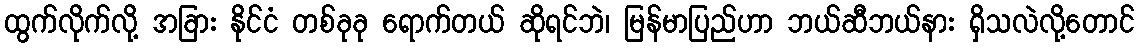
ထွက်လိုက်လို့ အခြား နိုင်ငံ တစ်ခုခု ရောက်တယ် ဆိုရင်ဘဲ၊ မြန်မာပြည်ဟာ ဘယ်ဆီဘယ်နား ရှိသလဲလို့တောင်